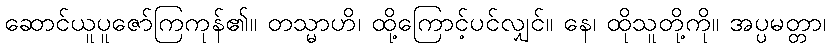
ဆောင်ယူပူဇော်ကြကုန်၏။ တသ္မာဟိ၊ ထို့ကြောင့်ပင်လျှင်။ နေ၊ ထိုသူတို့ကို။ အပ္ပမတ္တာ၊